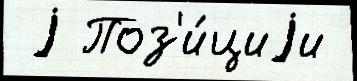
 j Поз'и́циjи